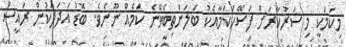
މިކަމަކީ މި ސަރުކާރަށް ފަސޭހަކަމާއެކު ބަލަންތިބެވޭނެ ކަމެއް ނޫނެވެ. ބޮޑު އަދަދަކުން ރައީސް